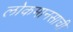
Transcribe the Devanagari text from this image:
लोकमानसाची